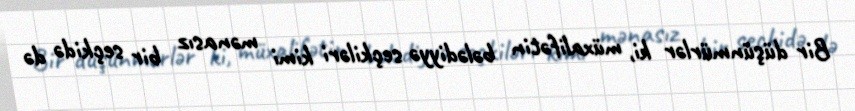
Bir düşünmürlər ki, müxalifətin bələdiyyə seçkiləri kimi mənasız bir seçkidə də